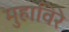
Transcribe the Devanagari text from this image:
मुहाविरे